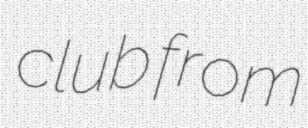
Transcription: club from